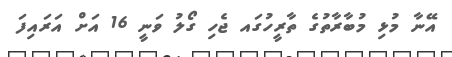
އޭނާ މުޅި މުބާރާތުގެ ތާރީހުގައ ޖެހި ގޯލު ވަނީ 16 އަށް އަރައިފަ